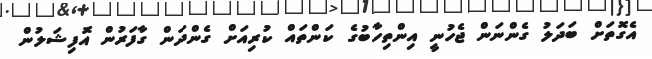
އެގޮތަށް ބަދަލު ގެންނަން ޖެހުނީ އިންތިހާބުގެ ކަންތައް ކުރިއަށް ގެންދަން ގާފަރުން އޮފިޝަލުން